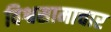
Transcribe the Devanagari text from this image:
विश्वसामाचार